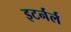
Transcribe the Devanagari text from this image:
इटर्नर्ल